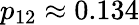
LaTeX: p_{12}\approx 0.134